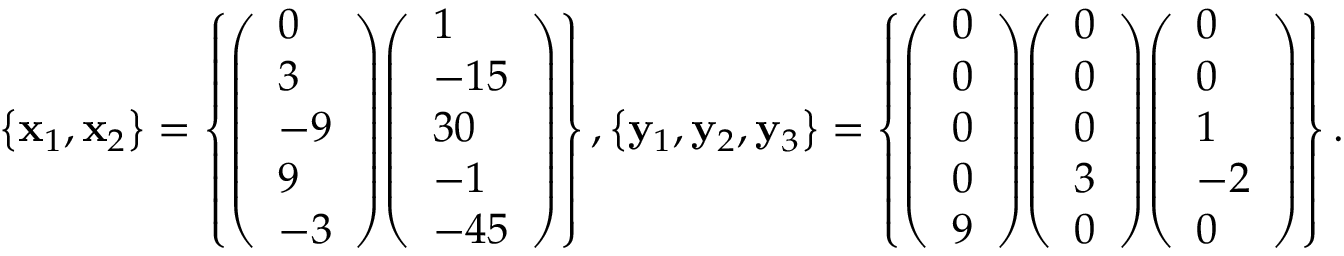
\left\{ \mathbf { x } _ { 1 } , \mathbf { x } _ { 2 } \right\} = \left\{ { \left( \begin{array} { l } { 0 } \\ { 3 } \\ { - 9 } \\ { 9 } \\ { - 3 } \end{array} \right) } { \left( \begin{array} { l } { 1 } \\ { - 1 5 } \\ { 3 0 } \\ { - 1 } \\ { - 4 5 } \end{array} \right) } \right\} , \left\{ \mathbf { y } _ { 1 } , \mathbf { y } _ { 2 } , \mathbf { y } _ { 3 } \right\} = \left\{ { \left( \begin{array} { l } { 0 } \\ { 0 } \\ { 0 } \\ { 0 } \\ { 9 } \end{array} \right) } { \left( \begin{array} { l } { 0 } \\ { 0 } \\ { 0 } \\ { 3 } \\ { 0 } \end{array} \right) } { \left( \begin{array} { l } { 0 } \\ { 0 } \\ { 1 } \\ { - 2 } \\ { 0 } \end{array} \right) } \right\} .